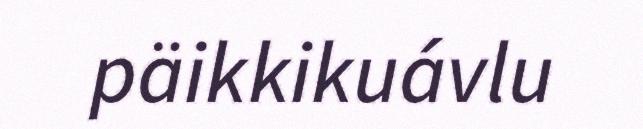
päikkikuávlu